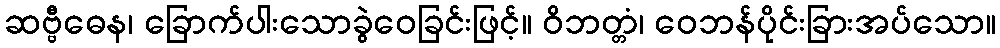
ဆဗ္ဗီဓေန၊ ခြောက်ပါးသောခွဲဝေခြင်းဖြင့်။ ဝိဘတ္တံ၊ ဝေဘန်ပိုင်းခြားအပ်သော။